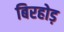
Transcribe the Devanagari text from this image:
बिरहोड़